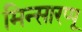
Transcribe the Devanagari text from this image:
मिन्सारप्पू